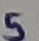
Text: S